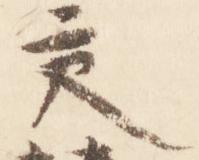
交